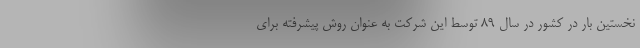
نخستین بار در کشور در سال ۸۹ توسط این شرکت به عنوان روش پیشرفته برای